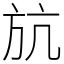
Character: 𣃚